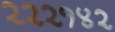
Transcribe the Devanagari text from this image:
२२२१४२